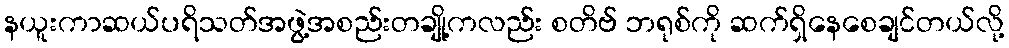
နယူးကာဆယ်ပရိသတ်အဖွဲ့အစည်းတချို့ကလည်း စတိဗ် ဘရုစ်ကို ဆက်ရှိနေစေချင်တယ်လို့